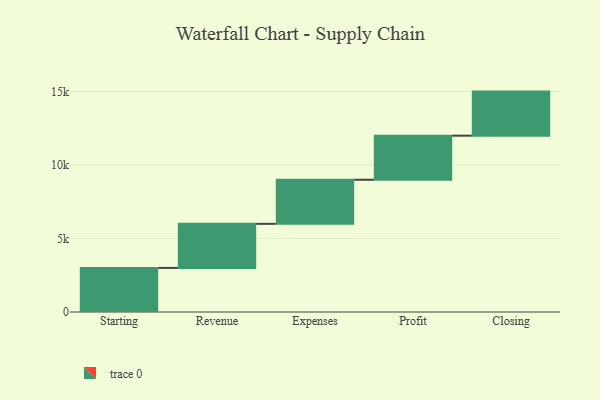
{"axis": {"x": "Step", "y": "Value"}, "legend": [""], "data": [{"x": "Starting", "y": 3000, "type": ""}, {"x": "Revenue", "y": 3000, "type": ""}, {"x": "Expenses", "y": 3000, "type": ""}, {"x": "Profit", "y": 3000, "type": ""}, {"x": "Closing", "y": 3000, "type": ""}]}